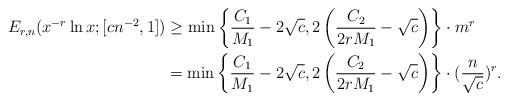
LaTeX: \begin{align*}E_{r,n}(x^{-r}\ln x;[cn^{-2},1]) &\ge \min\left\{ \frac{C_1}{M_1}-2\sqrt{c}, 2\left(\frac{C_2}{2rM_1} - \sqrt{c}\right)\right\}\cdot m^r \\&= \min\left\{ \frac{C_1}{M_1}-2\sqrt{c}, 2\left(\frac{C_2}{2rM_1} - \sqrt{c}\right)\right\}\cdot (\frac{n}{\sqrt{c}})^r.\end{align*}